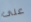
على